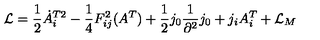
{ \cal L } = \frac { 1 } { 2 } \dot { A } _ { i } ^ { T 2 } - \frac { 1 } { 4 } F _ { i j } ^ { 2 } ( A ^ { T } ) + \frac { 1 } { 2 } j _ { 0 } \frac { 1 } { \partial ^ { 2 } } j _ { 0 } + j _ { i } A _ { i } ^ { T } + { \cal L } _ { M }